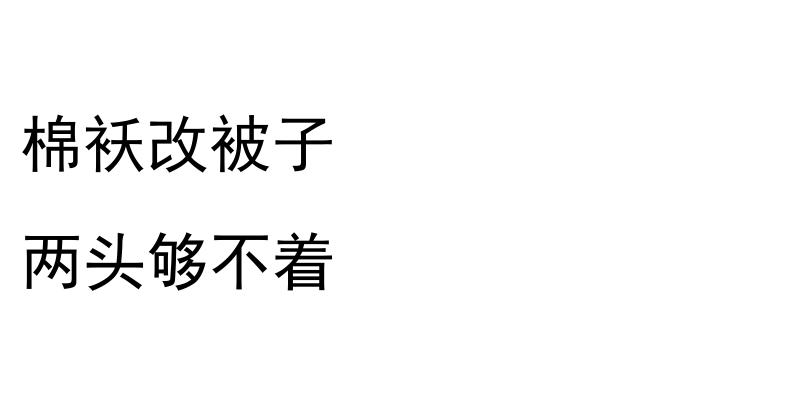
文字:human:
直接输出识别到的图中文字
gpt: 棉袄改被子 两头够不着